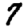
Digit: 7